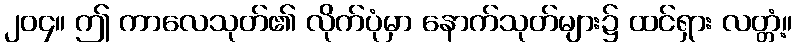
၂၀၄။ ဤ ကာလေသုတ်၏ လိုက်ပုံမှာ နောက်သုတ်များ၌ ထင်ရှား လတ္တံ့။